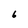
Character: 6